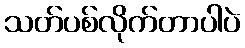
သတ်ပစ်လိုက်တာပါပဲ